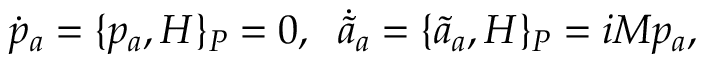
\dot { p } _ { a } = \{ p _ { a } , H \} _ { P } = 0 , \; \; \dot { \tilde { a } } { } _ { a } = \{ \tilde { a } _ { a } , H \} _ { P } = i M p _ { a } , \nonumber